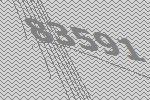
83591